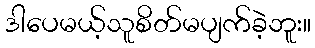
ဒါပေမယ့်သူစိတ်မပျက်ခဲ့ဘူး။